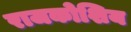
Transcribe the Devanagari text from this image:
राजकोशिय